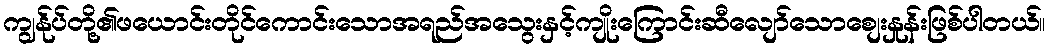
ကျွန်ုပ်တို့၏ဖယောင်းတိုင်ကောင်းသောအရည်အသွေးနှင့်ကျိုးကြောင်းဆီလျော်သောစျေးနှုန်းဖြစ်ပါတယ်။